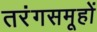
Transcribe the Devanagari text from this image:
तरंगसमूहों